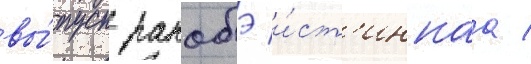
вы́пуск ранобэ и́ст'иннаа /